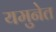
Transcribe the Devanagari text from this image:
यमुनेत